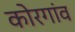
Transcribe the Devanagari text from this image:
कोरगांव